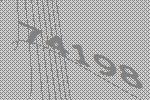
74198